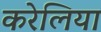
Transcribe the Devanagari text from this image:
करेलिया